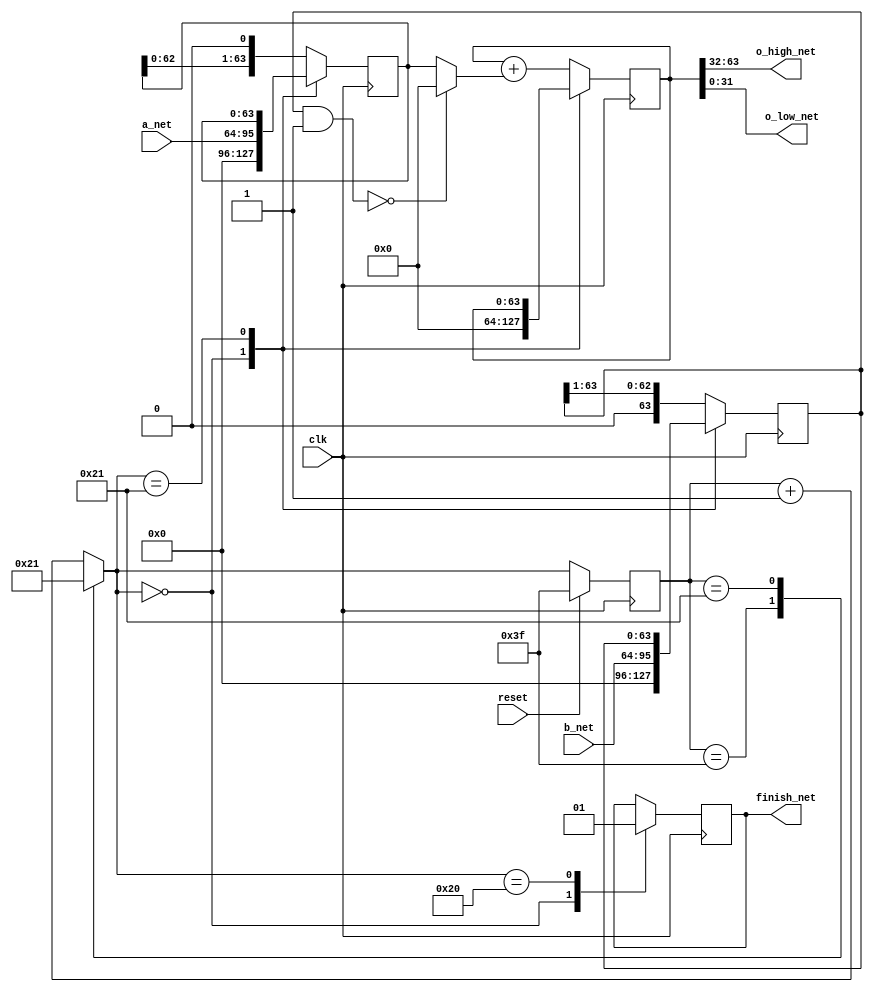
//total 34 clocks
//3-34
//34finish1
module mul_I_32(
	input wire clk,
	input wire [31:0] a_net,
	input wire [31:0] b_net,
	input wire reset,
	output wire [31:0] o_high_net,
	output wire [31:0] o_low_net,
	output wire finish_net
);
	reg [63:0] a;
	reg [63:0] b;
	reg [63:0] result;
	reg finish;


	reg [5:0] cur_state;//0,1-32,3f
	reg [5:0] next_state;

	always @(posedge clk) begin
		if(reset==1) begin
			cur_state <= 6'h3f;
		end
		else begin
			cur_state <= next_state;
		end
	end

	always @(*) begin
		case(cur_state)
			6'h3f: next_state = 0;
			33: next_state = 33;
			default: begin 
				next_state = cur_state + 1;
			end
		endcase
	end

	always @(posedge clk) begin
		case(next_state)
			0: begin
				a <= {32'b0,a_net};
				b <= {32'b0,b_net};
				result <= 0;
				finish <= 0;
			end
			32: begin
				result <= result + ((b&1) == 0 ? 0 : a);
				a <= a << 1;
				b <= b >> 1;
				finish <= 1;
			end
			33: ;
			default: begin
				result <= result + ((b&1) == 0 ? 0 : a);
				a <= a << 1;
				b <= b >> 1;
			end
		endcase
	end
	assign o_high_net =  result[63:32];
	assign o_low_net[31:0] = result[31:0];
	assign finish_net = finish;

endmodule